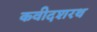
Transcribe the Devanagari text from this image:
कवीदशरथ